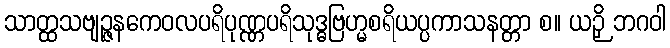
သာတ္ထသဗျဉ္ဇနကေဝလပရိပုဏ္ဏပရိသုဒ္ဓဗြဟ္မစရိယပ္ပကာသနတ္တာ စ။ ယဉှိ ဘဂဝါ